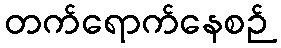
တက်ရောက်နေစဉ်